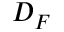
D _ { F }